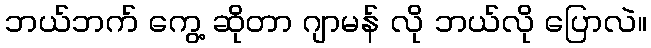
ဘယ်ဘက် ကွေ့ ဆိုတာ ဂျာမန် လို ဘယ်လို ပြောလဲ။